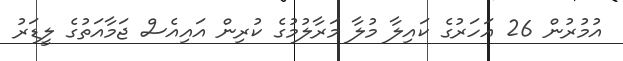
އުމުރުން 26 އަހަރުގެ ކައިލާ މުލާ މަރާލުމުގެ ކުރިން އައިއެސް ޖަމާއަތުގެ ލީޑަރު